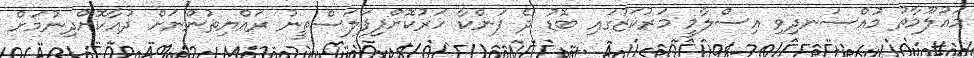
މައުލޫމާތު މުއްސަނދިވި އިސްލާމީ މަރުކަޒުގައި ބޮޑު ދެ ފަންކާ ހަރުކޮށްފިފަލަސްތީނު ރައްޔިތުންނަށް ދުއާކޮށްދިނުމަށް